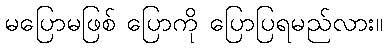
မပြောမဖြစ် ပြောကို ပြောပြရမည်လား။